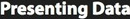
Presenting Data